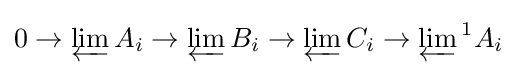
0\rightarrow \varprojlim A_{i}\rightarrow \varprojlim B_{i}\rightarrow \varprojlim C_{i}\rightarrow \varprojlim {}^{1}A_{i}